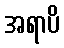
အရာပိ